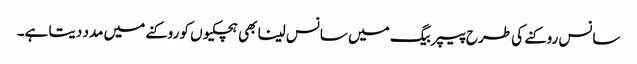
سانس روکنے کی طرح پیپر بیگ میں سانس لینا بھی ہچکیوں کو روکنے میں مدد دیتا ہے۔